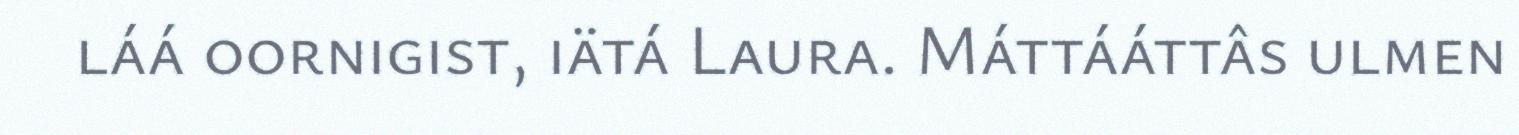
láá oornigist, iätá Laura. Máttááttâs ulmen